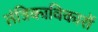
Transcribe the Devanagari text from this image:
तंत्रिकाविकारों